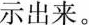
示出来。